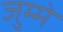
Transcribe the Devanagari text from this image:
जुम्मे